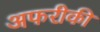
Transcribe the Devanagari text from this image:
अफरीकी